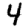
Digit: 4